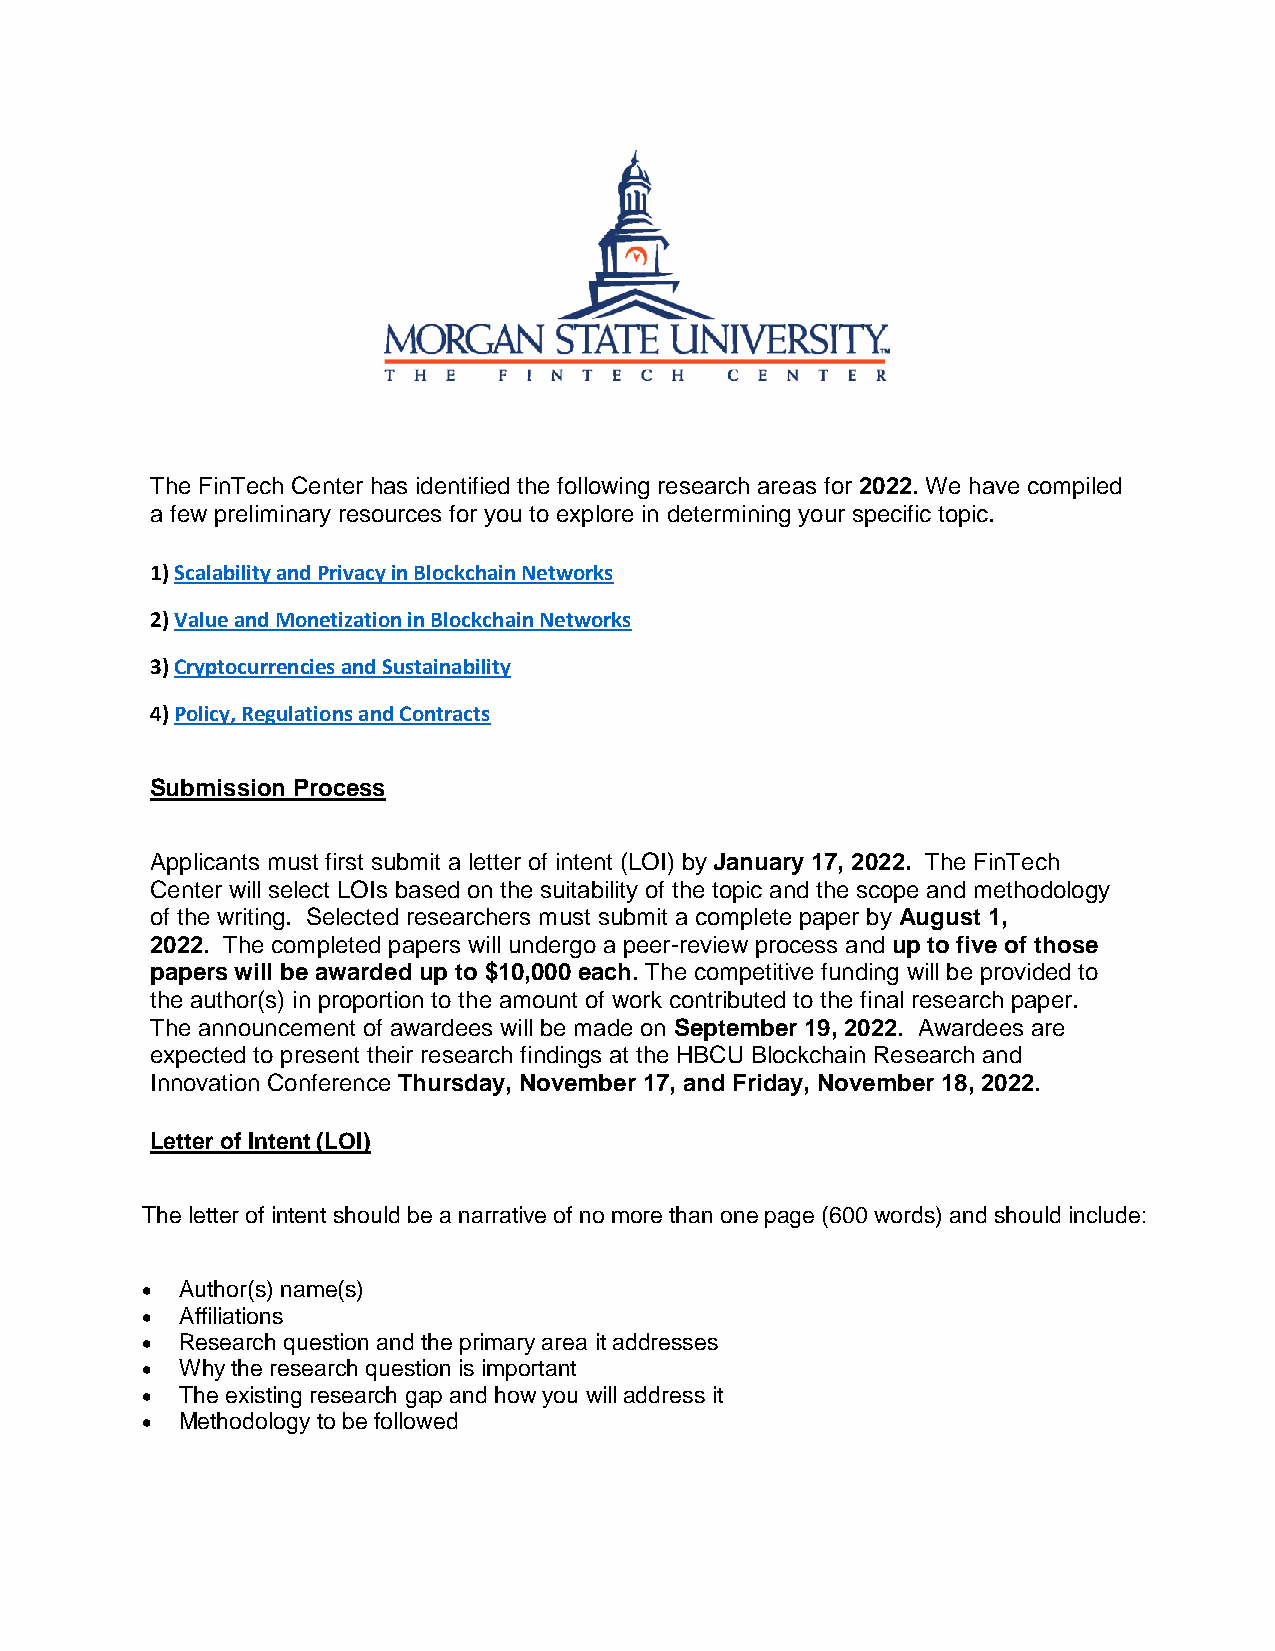
The FinTech Center has identified the following research areas for 2022. We have compiled
 a few preliminary resources for you to explore in determining your specific topic.
 1) Scalability and Privacy in Blockchain Networks
 2) Value and Monetization in Blockchain Networks
 3) Cryptocurrencies and Sustainability
 4) Policy, Regulations and Contracts
 Submission Process
 Applicants must first submit a letter of intent (LOI) by January 17, 2022. The FinTech
 Center will select LOIs based on the suitability of the topic and the scope and methodology
 of the writing. Selected researchers must submit a complete paper by August 1,
 2022. The completed papers will undergo a peer-review process and up to five of those
 papers will be awarded up to $10,000 each. The competitive funding will be provided to
 the author(s) in proportion to the amount of work contributed to the final research paper.
 The announcement of awardees will be made on September 19, 2022. Awardees are
 expected to present their research findings at the HBCU Blockchain Research and
 Innovation Conference Thursday, November 17, and Friday, November 18, 2022.
 Letter of Intent (LOI)
 The letter of intent should be a narrative of no more than one page (600 words) and should include:
 •  Author(s) name(s)
 •  Affiliations
 •  Research question and the primary area it addresses
 •  Why the research question is important
 •  The existing research gap and how you will address it
 •  Methodology to be followed